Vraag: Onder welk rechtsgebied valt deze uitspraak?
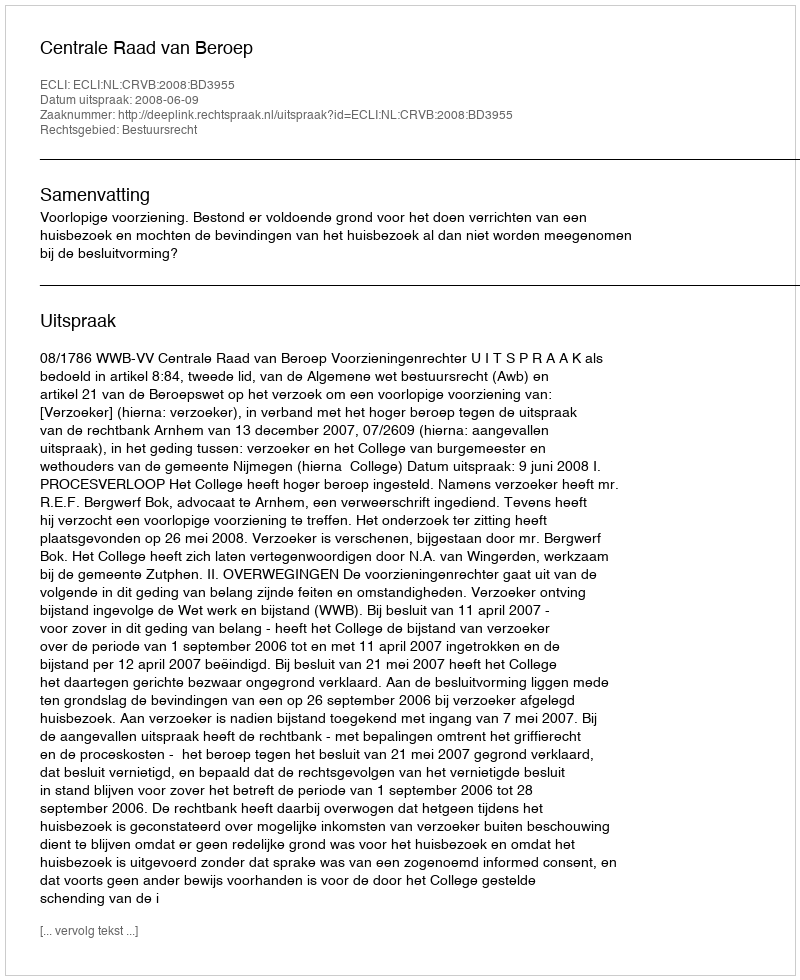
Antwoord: Bestuursrecht